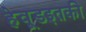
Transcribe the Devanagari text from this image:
हेवूडइतकी